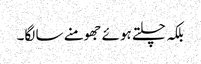
بلکہ چلتے ہوئے جھومنے سا لگا۔